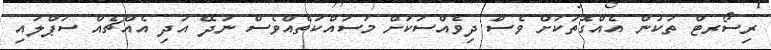
ރިސޯރޓް ތަކުން އެއްގޮތަކަށް ވެސް ދިވެއްސަކަށް މަސައްކަތެއްވެސް ނުދޭ އަދި އެއްޗެއް ސަޕްލައި